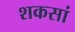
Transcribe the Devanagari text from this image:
शकसां